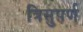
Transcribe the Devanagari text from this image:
त्रिसुपर्ण